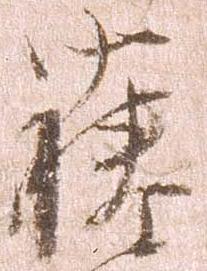
藤